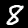
Label: 8